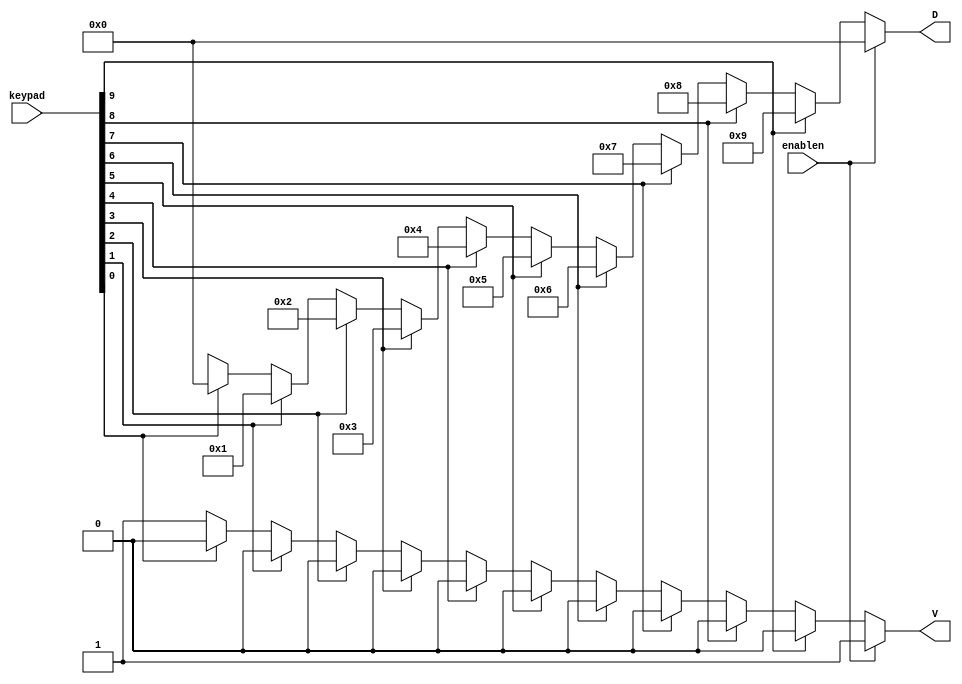

module PriorityEncoder(
  input wire [9:0] keypad,
  input wire enablen,
  output reg [3:0] D,
  output reg V
);
  
  always @ (*)
  begin
	if(enablen) begin
		D = 0; V = 1;
	end else begin
		D = (keypad[9]) ? (9) :
			 (keypad[8]) ? (8) :
			 (keypad[7]) ? (7) :
			 (keypad[6]) ? (6) :
			 (keypad[5]) ? (5) :
			 (keypad[4]) ? (4) :
			 (keypad[3]) ? (3) :
			 (keypad[2]) ? (2) :
			 (keypad[1]) ? (1) :
			 (keypad[0]) ? (0) : 4'bxxxx;
		V = (keypad[9]) ? 0 :
			 (keypad[8]) ? 0 :
			 (keypad[7]) ? 0 :
			 (keypad[6]) ? 0 :
			 (keypad[5]) ? 0 :
			 (keypad[4]) ? 0 :
			 (keypad[3]) ? 0 :
			 (keypad[2]) ? 0 :
			 (keypad[1]) ? 0 :
			 (keypad[0]) ? 0 : 1;
   end
  end
  
  
endmodule